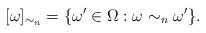
LaTeX: \begin{align*}[\omega]_{\sim_n}=\{\omega'\in\Omega: \omega\sim_n\omega'\}.\end{align*}